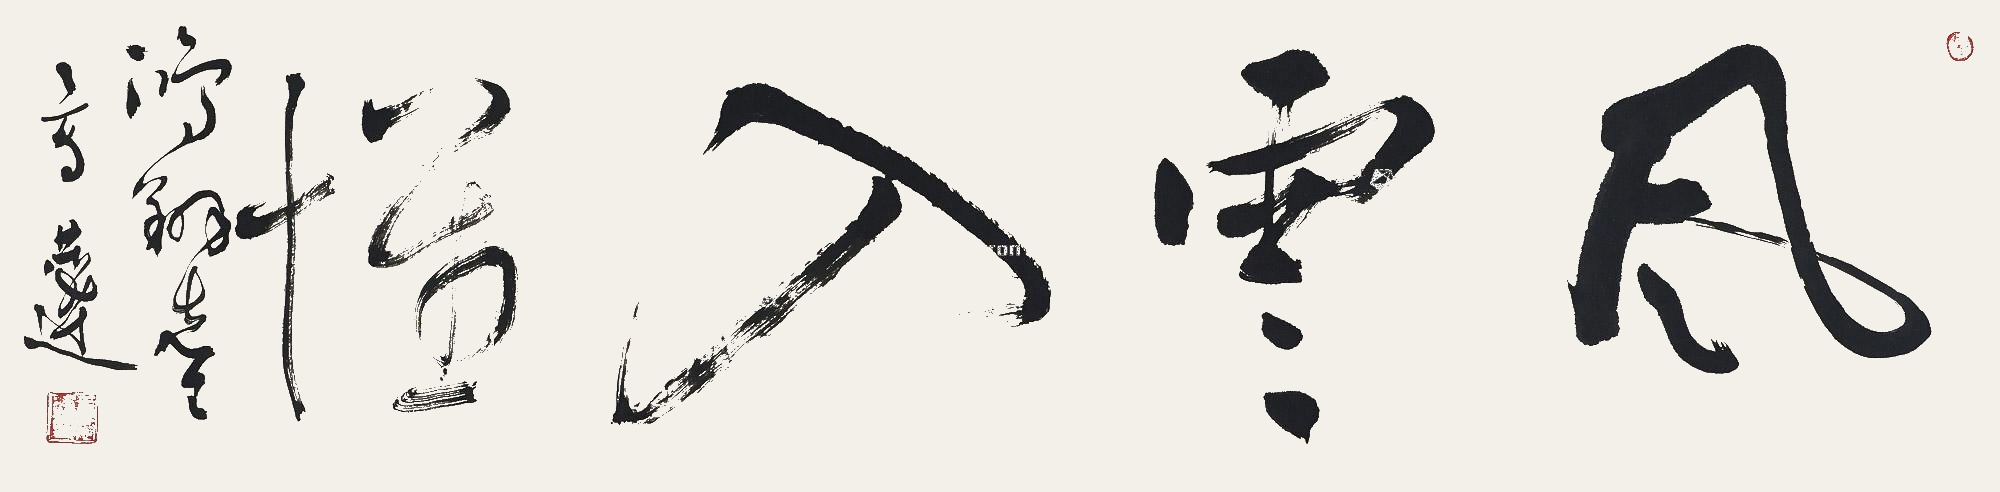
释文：风云入怀鸿翔先生，恭达。